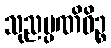
သုညပ္ပဏိဓိဉ္စ